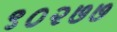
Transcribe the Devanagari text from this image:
९०२७७